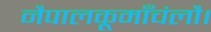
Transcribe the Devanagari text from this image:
नैपालकूमाँचंलौ।